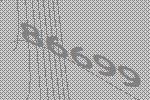
86699